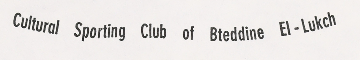
Cultural Sporting Club of Bteddine El-Lukch